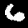
Digit: 6